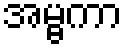
အမ္ဗကာ